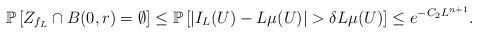
LaTeX: \begin{align*} \mathbb P\left[Z_{f_L}\cap B(0,r)=\emptyset\right]\leq\mathbb P\left[|I_L(U)-L\mu(U)|>\delta L\mu(U)\right]\leq e^{-C_{2}L^{n+1}}.\end{align*}